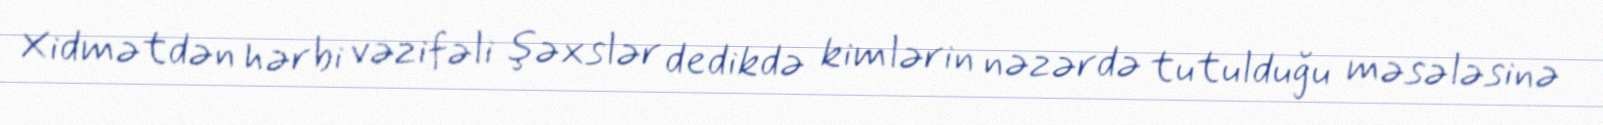
Xidmətdən hərbi vəzifəli şəxslər dedikdə kimlərin nəzərdə tutulduğu məsələsinə